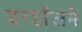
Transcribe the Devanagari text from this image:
इरडॉजने